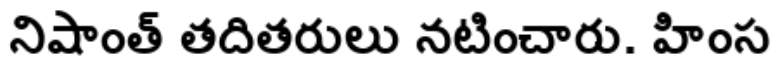
నిషాంత్ తదితరులు నటించారు. హింస